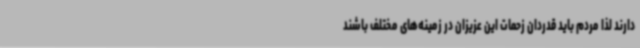
دارند لذا مردم باید قدردان زحمات این عزیزان در زمینه‌های مختلف باشند